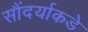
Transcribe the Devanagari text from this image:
सौंदर्याकडे